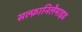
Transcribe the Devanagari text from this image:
सल्फ़ानिलैमाइड